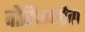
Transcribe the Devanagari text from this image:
वोदिअनोवा